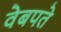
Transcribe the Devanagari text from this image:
वेबपते